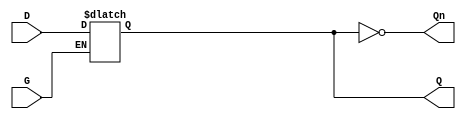
module dual_input_gated_latch (
    input wire D,    // Data Input
    input wire G,    // Gate Input
    output reg Q,    // Output
    output wire Qn   // Complement Output
);

    // Complement output
    assign Qn = ~Q;

    // Always block to implement the latch functionality
    always @ (G or D) begin
        if (G) begin
            Q <= D;  // Capture D when G is high
        end
        // When G is low, Q retains its previous state
    end

endmodule